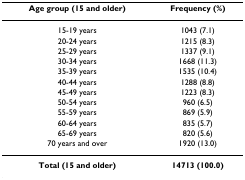
<table><thead><tr><td><b>Age group (15 and older)</b></td><td><b>Frequency (%)</b></td></tr></thead><tbody><tr><td>15-19 years</td><td>1043 (7.1)</td></tr><tr><td>20-24 years</td><td>1215 (8.3)</td></tr><tr><td>25-29 years</td><td>1337 (9.1)</td></tr><tr><td>30-34 years</td><td>1668 (11.3)</td></tr><tr><td>35-39 years</td><td>1535 (10.4)</td></tr><tr><td>40-44 years</td><td>1288 (8.8)</td></tr><tr><td>45-49 years</td><td>1223 (8.3)</td></tr><tr><td>50-54 years</td><td>960 (6.5)</td></tr><tr><td>55-59 years</td><td>869 (5.9)</td></tr><tr><td>60-64 years</td><td>835 (5.7)</td></tr><tr><td>65-69 years</td><td>820 (5.6)</td></tr><tr><td>70 years and over</td><td>1920 (13.0)</td></tr><tr><td><b>Total (15 and older)</b></td><td><b>14713 (100.0)</b></td></tr></tbody></table>